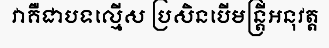
វាគឺជាបទល្មើស ប្រសិនបើមន្ត្រីអនុវត្ត